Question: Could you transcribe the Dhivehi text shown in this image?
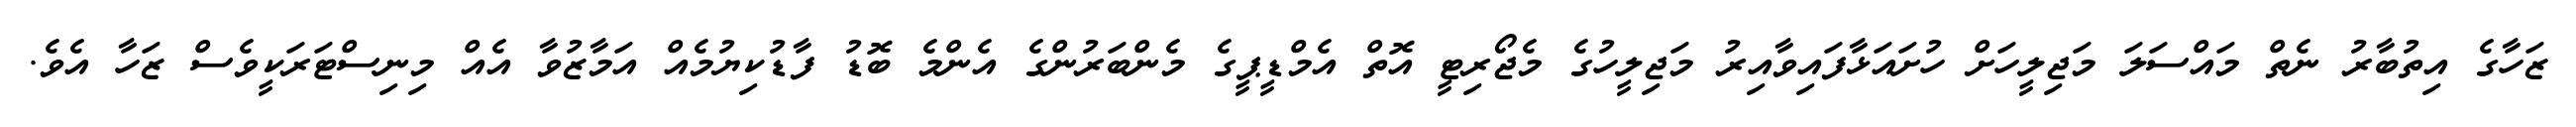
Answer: ޒަހާގެ އިތުބާރު ނެތް މައްސަލަ މަޖިލީހަށް ހުށައަޅާފައިވާއިރު މަޖިލީހުގެ މެޖޯރިޓީ އޮތް އެމްޑީޕީގެ މެންބަރުންގެ އެންމެ ބޮޑު ފާޑުކިޔުމެއް އަމާޒުވާ އެއް މިނިސްޓަރަކީވެސް ޒަހާ އެވެ.